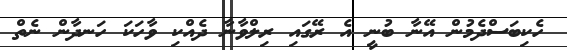
ހެކިބަސްދެމުން އޭނާ ބުނީ އެ ރޭގައި ރިލްވާނާ ދެއްކި ވާހަކަ ހަނދާން ނެތް